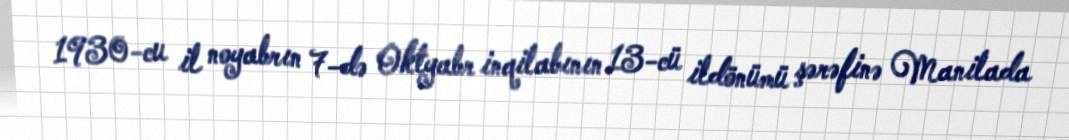
1930-cu il noyabrın 7-də Oktyabr inqilabının 13-cü ildönümü şərəfinə Manilada